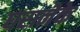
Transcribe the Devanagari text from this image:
घरानेके